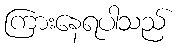
ကြားနေရပါသည်